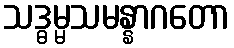
သဒ္ဓမ္မသမန္နာဂတော